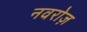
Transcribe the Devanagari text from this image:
नवरोज़